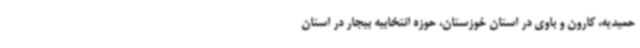
حمیدیه، کارون و باوی در استان خوزستان، حوزه انتخابیه بیجار در استان